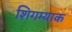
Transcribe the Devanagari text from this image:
शिगम्याक